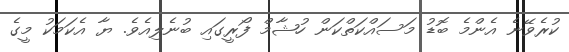
ކުރެވޭނެ އެންމެ ބޮޑު މަސައްކަތްކަން ހުޝާމް ފޯރީގައި ބުނެލިއެވެ. ޔާ އެކަމަކު މީގެ